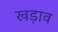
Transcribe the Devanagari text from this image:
खड़ाव